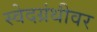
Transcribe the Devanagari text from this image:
स्वेदग्रंथीवर